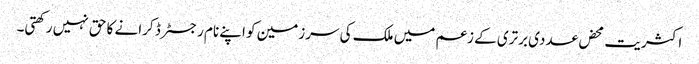
اکثریت محض عددی برتری کے زعم میں ملک کی سرزمین کو اپنے نام رجسٹرڈ کرانے کا حق نہیں رکھتی۔